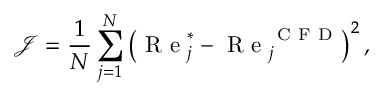
\mathcal { J } = \frac { 1 } { N } \sum _ { j = 1 } ^ { N } \left( \mathrm { ~ R ~ e ~ } _ { j } ^ { \ast } - \mathrm { ~ R ~ e ~ } _ { j } ^ { \mathrm { ~ C ~ F ~ D ~ } } \right) ^ { 2 } ,